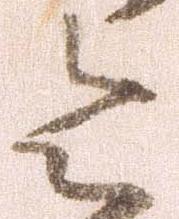
令